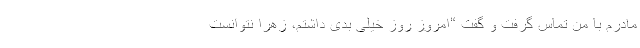
مادرم با من تماس گرفت و گفت “امروز روز خیلی بدی داشتم، زهرا نتوانست